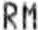
RM